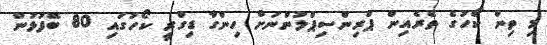
މި ތިން ކޯހުގެ ތެރެއިން ޕްރިންސިޕްލުންނަށް ހިންގާ ޑިގްރީ ކޯހުގައި 80 ބޭފުޅުން